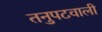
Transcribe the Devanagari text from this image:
तनुपटवाली